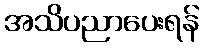
အသိပညာပေးရန်